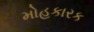
મોહકારક